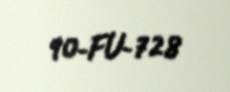
90-FU-728